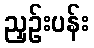
ညှဉ်းပန်း